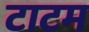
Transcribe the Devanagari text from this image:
टाटम